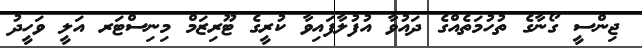
ޖިންސީ ގޯނާގެ ތުހުމަތެއްގެ ދައުވާ އުފުލާފައިވާ ކުރީގެ ޓޫރިޒަމް މިނިސްޓަރ އަލީ ވަހީދު